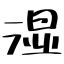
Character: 湿